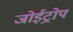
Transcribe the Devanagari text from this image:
जोईट्रोप